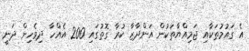
އެ ގައުމުތަކާއި ޖަމިއްޔާތަކުން އަންދާޒާ ކުރާ ގޮތުގައި 200 އެއްހާ ދިވެހިން ދަނީ